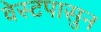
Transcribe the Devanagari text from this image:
वेस्टपासुन